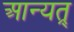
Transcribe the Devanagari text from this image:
आन्यत्र्